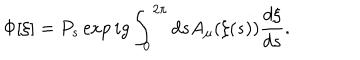
\Phi [ \xi ] = P _ { s } \exp i g \int _ { 0 } ^ { 2 \pi } d s A _ { \mu } ( \xi ( s ) ) \frac { d \xi } { d s } .